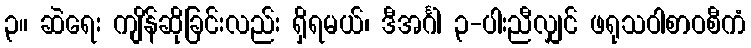
၃။ ဆဲရေး ကျိန်ဆိုခြင်းလည်း ရှိရမယ်၊ ဒီအင်္ဂါ ၃-ပါးညီလျှင် ဖရုသဝါစာဝစီကံ